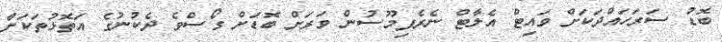
ބޮޑު ސަރަހައްދަކަށް ވައިޓް އެލާޓް ނެރެފިމޫސުން ވަރަށް ބޮޑަށް ގޯސްވެ ދެކުނުގެ އަތޮޅުތަކަށް